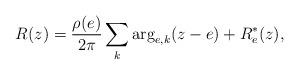
LaTeX: \begin{align*}R(z) = \frac{\rho(e)}{2\pi}\sum_k\arg_{e,k}(z-e) + R_e^*(z),\end{align*}